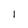
Character: 1